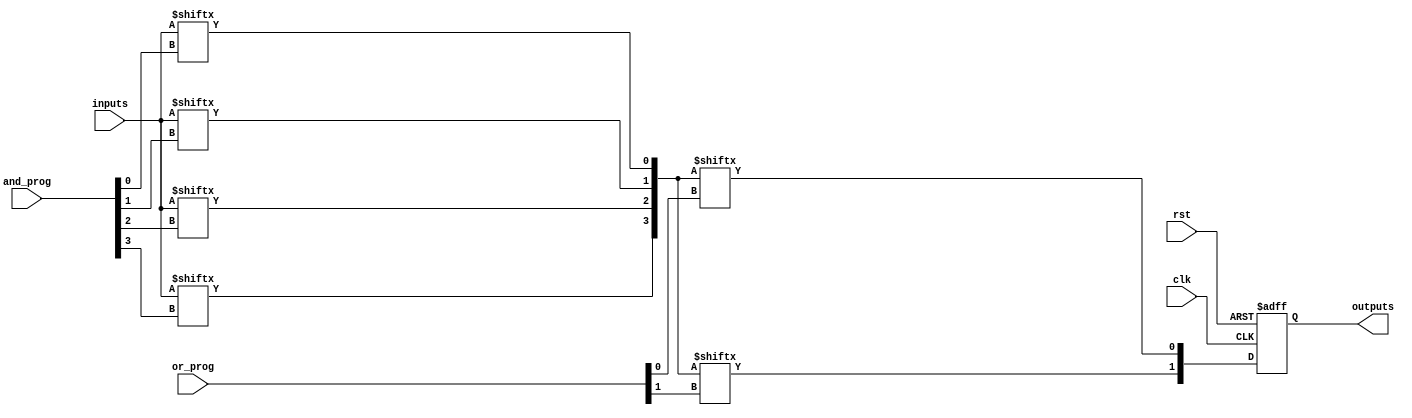
module RPAL #(
    parameter NUM_AND_GATES = 4,  // Number of AND gates
    parameter NUM_OR_GATES = 2,   // Number of OR gates
    parameter NUM_INPUTS = 8,     // Number of primary inputs
    parameter NUM_OUTPUTS = 2      // Number of registered outputs
)(
    input  wire [NUM_INPUTS-1:0]  inputs,          // Primary inputs
    input  wire [NUM_AND_GATES-1:0] and_prog,      // Programming for AND gates
    input  wire [NUM_OR_GATES-1:0] or_prog,        // Programming for OR gates
    input  wire clk,                                // Clock signal
    input  wire rst,                                // Reset signal
    output reg [NUM_OUTPUTS-1:0] outputs           // Registered outputs
);

// Internal wires for AND gate outputs
wire [NUM_AND_GATES-1:0] and_out;

// Generate programmable AND gates
genvar i, j;
generate
    for (i = 0; i < NUM_AND_GATES; i = i + 1) begin : and_gate
        assign and_out[i] = inputs[and_prog[i]];
    end
endgenerate

// Internal wires for OR gate outputs
wire [NUM_OR_GATES-1:0] or_out;

// Generate fixed OR gates
generate
    for (j = 0; j < NUM_OR_GATES; j = j + 1) begin : or_gate
        assign or_out[j] = |and_out[or_prog[j]];
    end
endgenerate

// Registering the outputs
always @(posedge clk or posedge rst) begin
    if (rst) begin
        outputs <= {NUM_OUTPUTS{1'b0}}; // Reset outputs
    end else begin
        outputs <= or_out; // Store OR output in registers
    end
end

endmodule